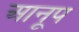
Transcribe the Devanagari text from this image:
आनूप